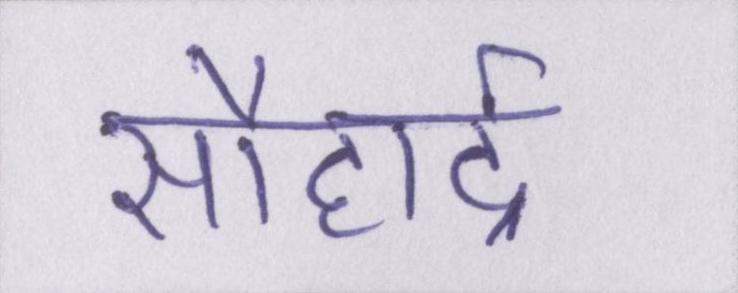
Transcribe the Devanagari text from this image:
सौहार्द्र